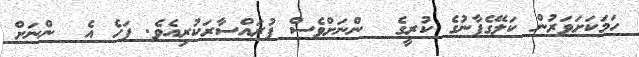
ހަމަކަށަވަރުން ކަލޭގެފާނުގެ ކުރީގެ  ންނަށްވެސް ފުރައްސާރަކުރިއެވެ. ފަހެ އެ  ންނަށް